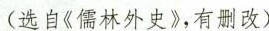
(选自《儒林外史》，有删改)